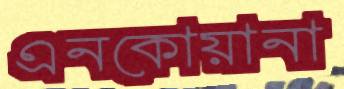
এনকোয়ানা